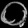
Digit: ၀